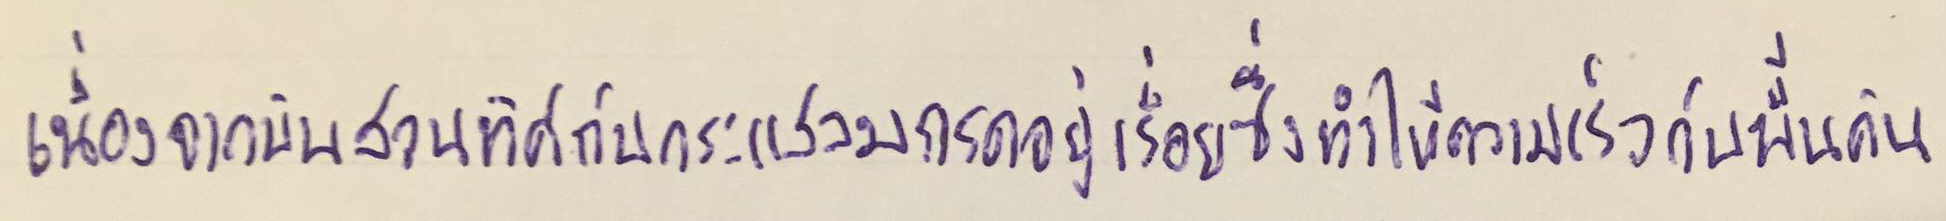
เนื่องจากบินสวนทิศกับกระแสลมกรดอยู่เรื่อยซึ่งทำให้ความเร็วกับพื้นดิน